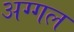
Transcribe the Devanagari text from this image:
अग्गल